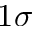
1 \sigma